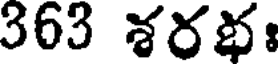
363 శరభః